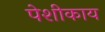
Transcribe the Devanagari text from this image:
पेशीकाय